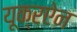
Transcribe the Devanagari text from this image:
यूक्रऐन